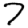
Digit: 7